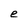
Character: e